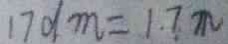
1 7 d m = 1 . 7 m